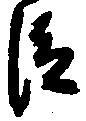
臣